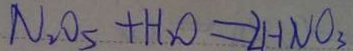
N _ { 2 } O _ { 5 } + H _ { 2 } O = 2 H N O _ { 3 }